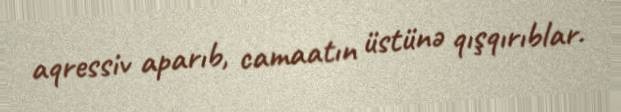
aqressiv aparıb, camaatın üstünə qışqırıblar.